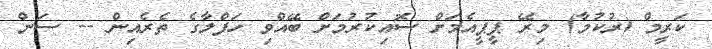
ކަރީމް (ރުކުމާ) މިރޭ ޕީޕީއެމަށް ސޮއިކުރުމަށް ބޭއްވި ހަފްލާގެ ތެރެއިން -- ސަން